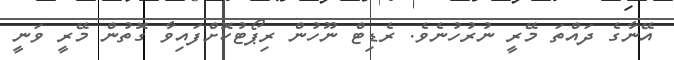
އޭނާގެ ދައްތަ މޭރީ ނުރުހުނެވެ. ރެޑިޓް ނޫހުން ރިޕޯޓުކޮށްފައިވާ ގޮތުން މޭރީ ވަނީ